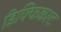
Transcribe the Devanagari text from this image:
डिफ्फिकल्ट